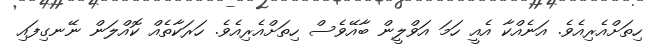
ހިތަށްއެރިއެވެ. އަނެއްކާ އެއީ ހަމަ އަވްލީން ބާއޭވެސް ހިތަށްއެރިއެވެ. ހަރަކާތެއް ކޮއްލަން ނޭނގިފައި